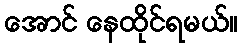
အောင် နေထိုင်ရမယ်။